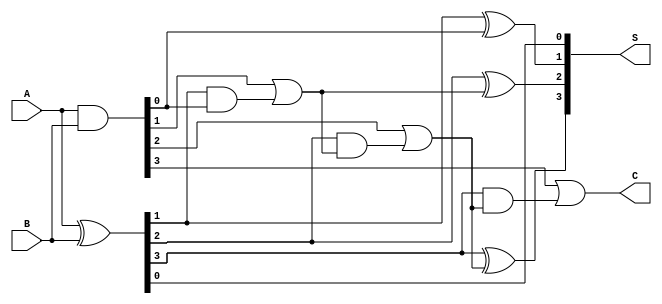
module kogge_stone_adder(
    input [3:0] A, // 4-bit input A
    input [3:0] B, // 4-bit input B
    output [3:0] S, // 4-bit sum output
    output C // carry output
);

wire [3:0] P, G; // P and G vectors
wire [4:0] C_in; // Carry input vector
wire [4:0] S_out; // Sum output vector

// Generate P and G vectors
assign P = A ^ B;
assign G = A & B;

// Generate Carry input vector
assign C_in[0] = 1'b0; // initial carry value of 0
assign C_in[1] = G[0] | (P[0] & C_in[0]);
assign C_in[2] = G[1] | (P[1] & C_in[1]);
assign C_in[3] = G[2] | (P[2] & C_in[2]);
assign C_in[4] = G[3] | (P[3] & C_in[3]);

// Generate Sum output vector
assign S_out[0] = P[0] ^ C_in[0]; // S0 = P0 XOR C0
assign S_out[1] = P[1] ^ C_in[1]; // S1 = P1 XOR C1
assign S_out[2] = P[2] ^ C_in[2]; // S2 = P2 XOR C2
assign S_out[3] = P[3] ^ C_in[3]; // S3 = P3 XOR C3

// Assign sum output and final carry output
assign S = S_out[3:0]; // 4-bit sum output
assign C = C_in[4]; // carry output

endmodule